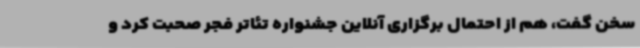
سخن گفت، هم از احتمال برگزاری آنلاین جشنواره تئاتر فجر صحبت کرد و